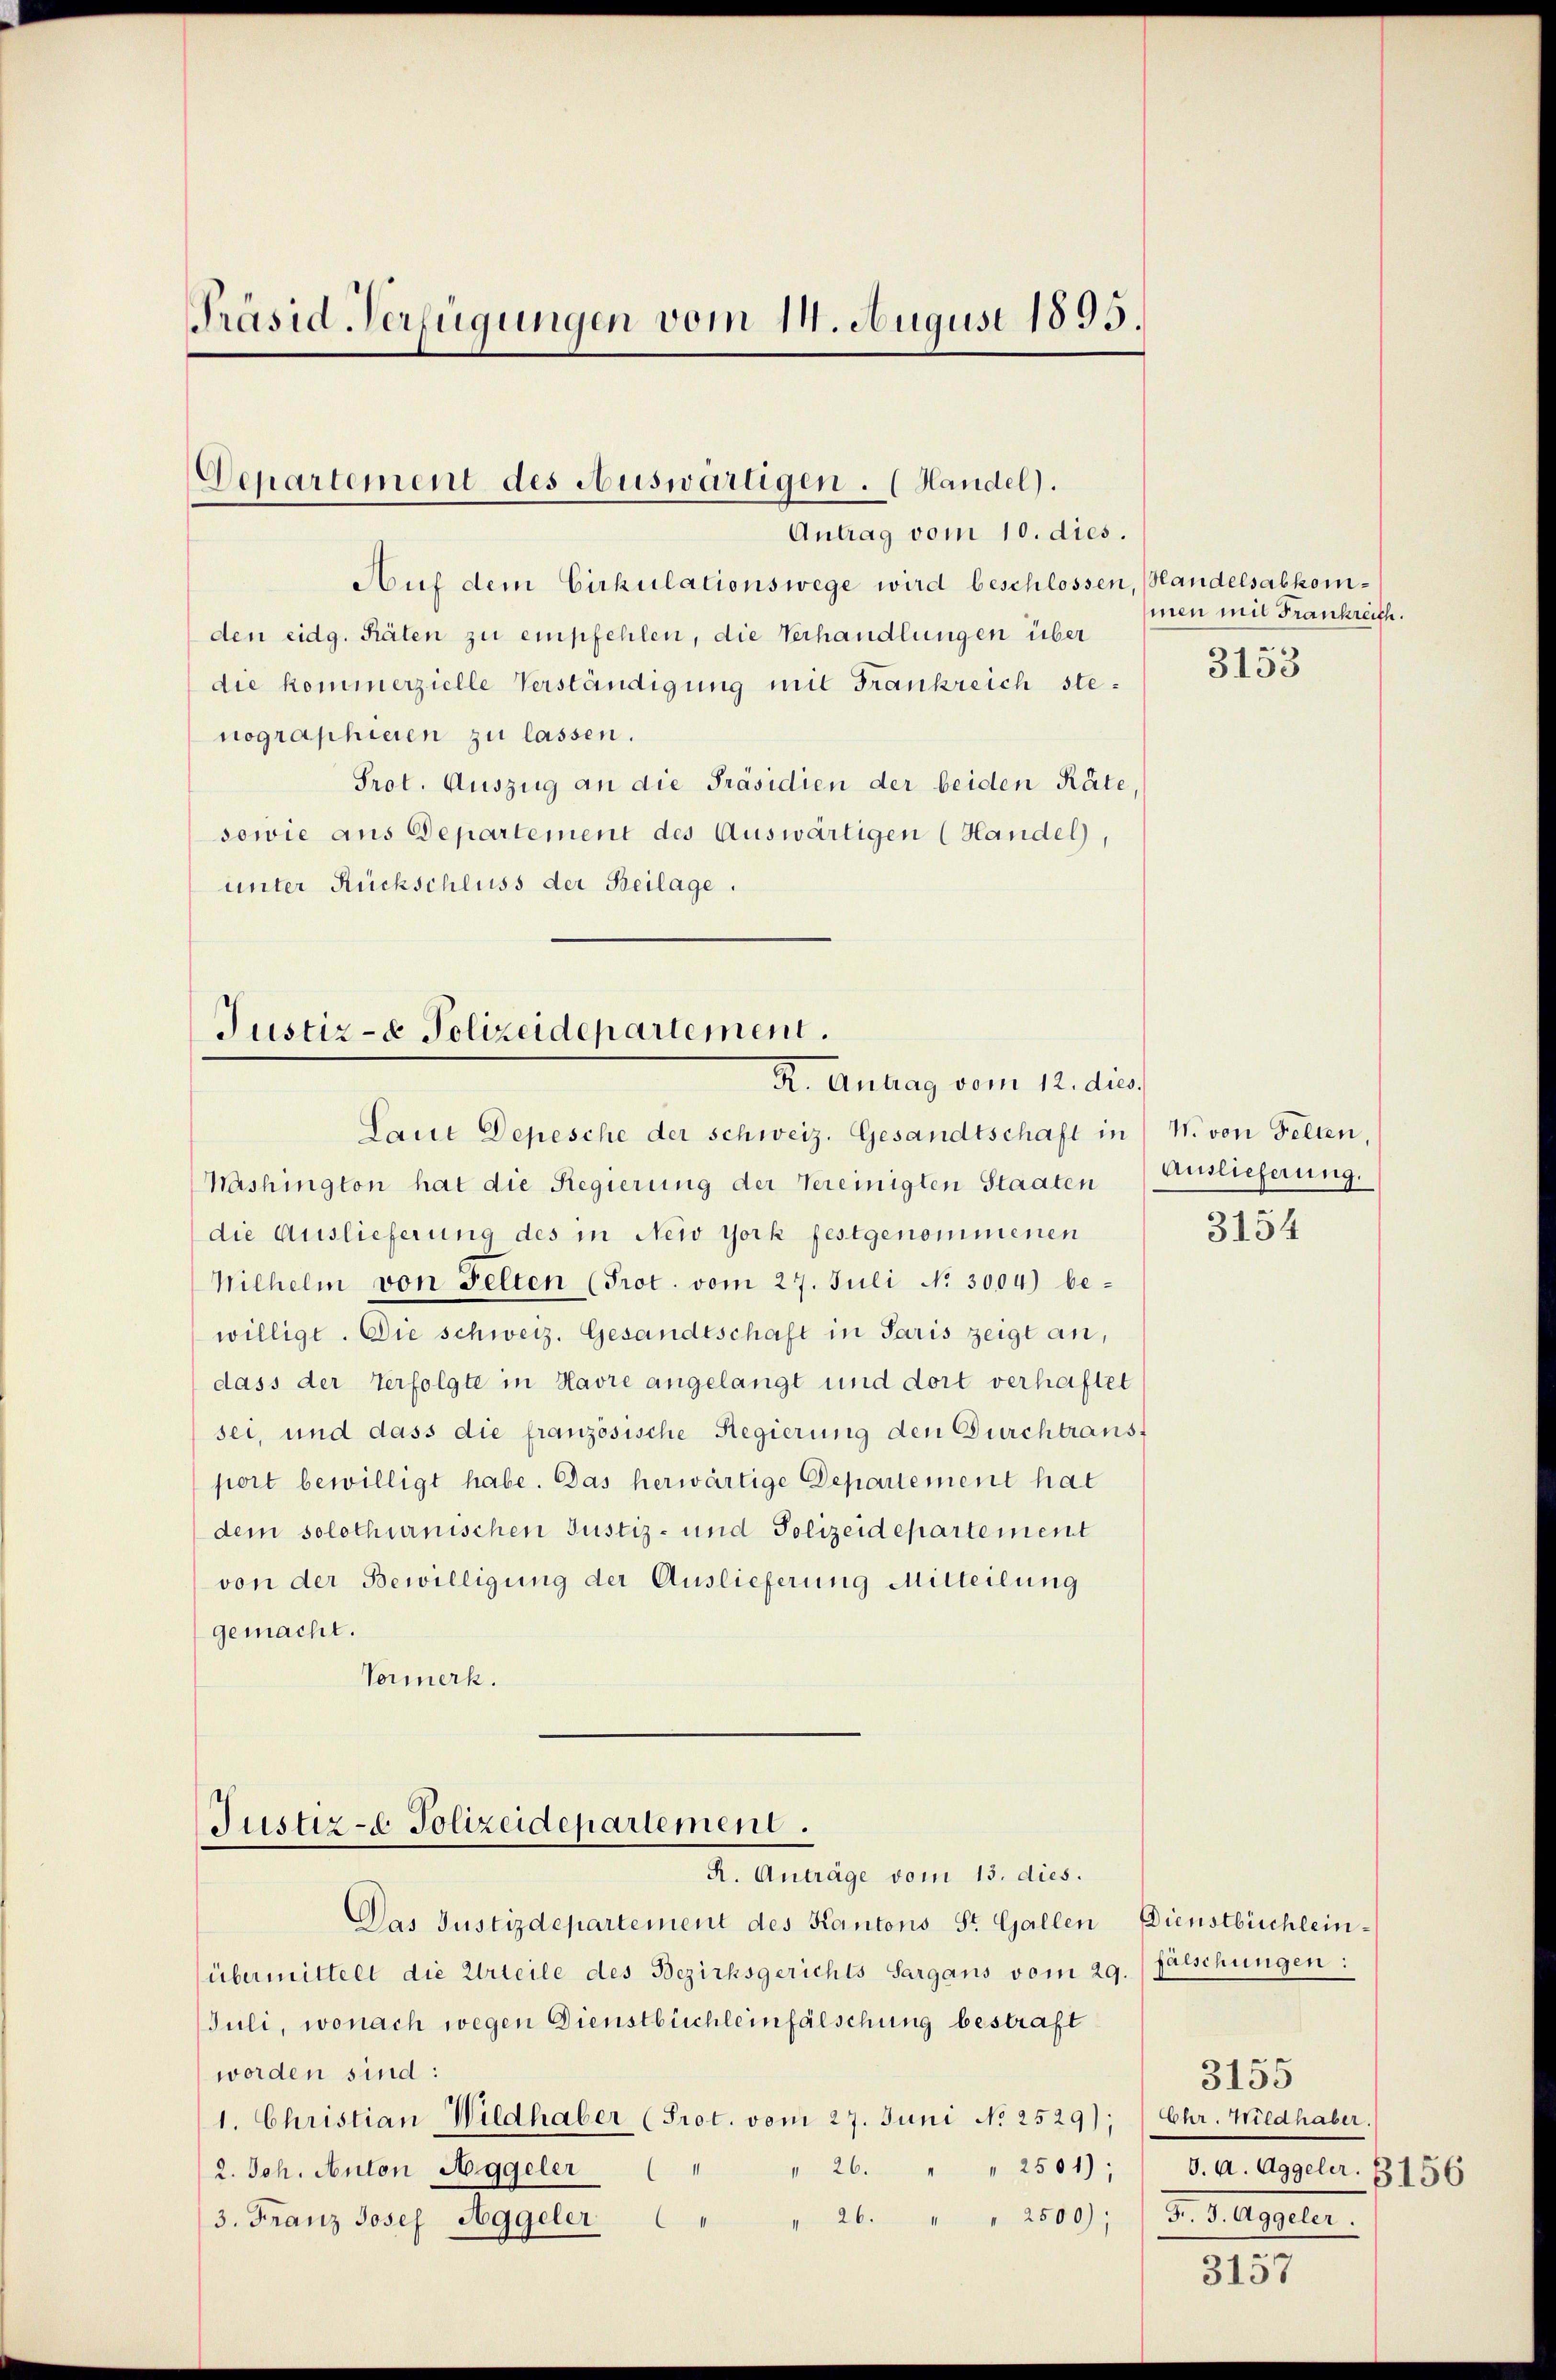
Präsid-Verfügungen vom 14. August 1895.

Departement des Auswärtigen. (Handel).
Antrag vom 10. dies.

Auf dem Cirkulationswege wird beschlossen, Handelsabkomden eidg. Räten zu empfehlen, die Verhandlungen über
die kommerzielle Verständigung mit Frankreich stenographieren zu lassen.
Prot. Auszug an die Präsidien der beiden Räte,
sowie aus Departement des Auswärtigen (Handel,
unter Rückschluss der Beilage.

Justiz- & Polizeidepartement.
R. Antrag vom 12. dies

Laut Depesche der Schweiz. Gesandtschaft in N. von Felten,
Mashington hat die Regierung der Vereinigten Staaten
die Auslieferung des in New York festgenommenen
Wilhelm von Felten (Prot. vom 27. Juli No 3004) be-
willigt. Die schweiz. Gesandtschaft in Paris zeigt an,
dass der Verfolgte in Havre angelangt und dort verhaftet
sei, und dass die französische Regierung den Durchtranst
port bewilligt habe. Das herwärtige Departement hat
dem solothurnischen Justiz- und Polizeidepartement
von der Bewilligung der Auslieferung Mitteilung
gemacht.
Vormerk.

Justiz- & Polizeidepartement.
R. Anträge vom 13. dies.

Das Justizdepartement des Kantons St. Gallen
übermittelt die Urteile des Bezirksgerichts Sargans vom 29./ falschungen:
Juli, wonach wegen Dienstbüchleinfälschung bestraft
worden sind:
1. Christian Wildhaber (Prot. vom 27. Juni No 2529); Chr. Wildhaber.
2. Joh. Anton Aggeler "
" 26. " " 2501);
3. Franz Josef Aggeler.   " " 26. " " 2500); 3. J. Aggeler.

men mit Frankreich.

3153

Auslieferung.

3154

Dienstbüchlein

e
3155
d. A. Aggeler. 8156

3157